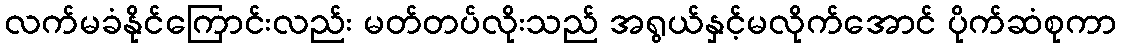
လက်မခံနိုင်ကြောင်းလည်း မတ်တပ်လိုးသည် အရွယ်နှင့်မလိုက်အောင် ပိုက်ဆံစုကာ